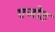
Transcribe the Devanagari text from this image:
एजोट